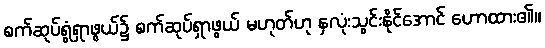
စက်ဆုပ်ရွံရှာဖွယ်၌ စက်ဆုပ်ရှာဖွယ် မဟုတ်ဟု နှလုံးသွင်းနိုင်အောင် ဟောထား၏။